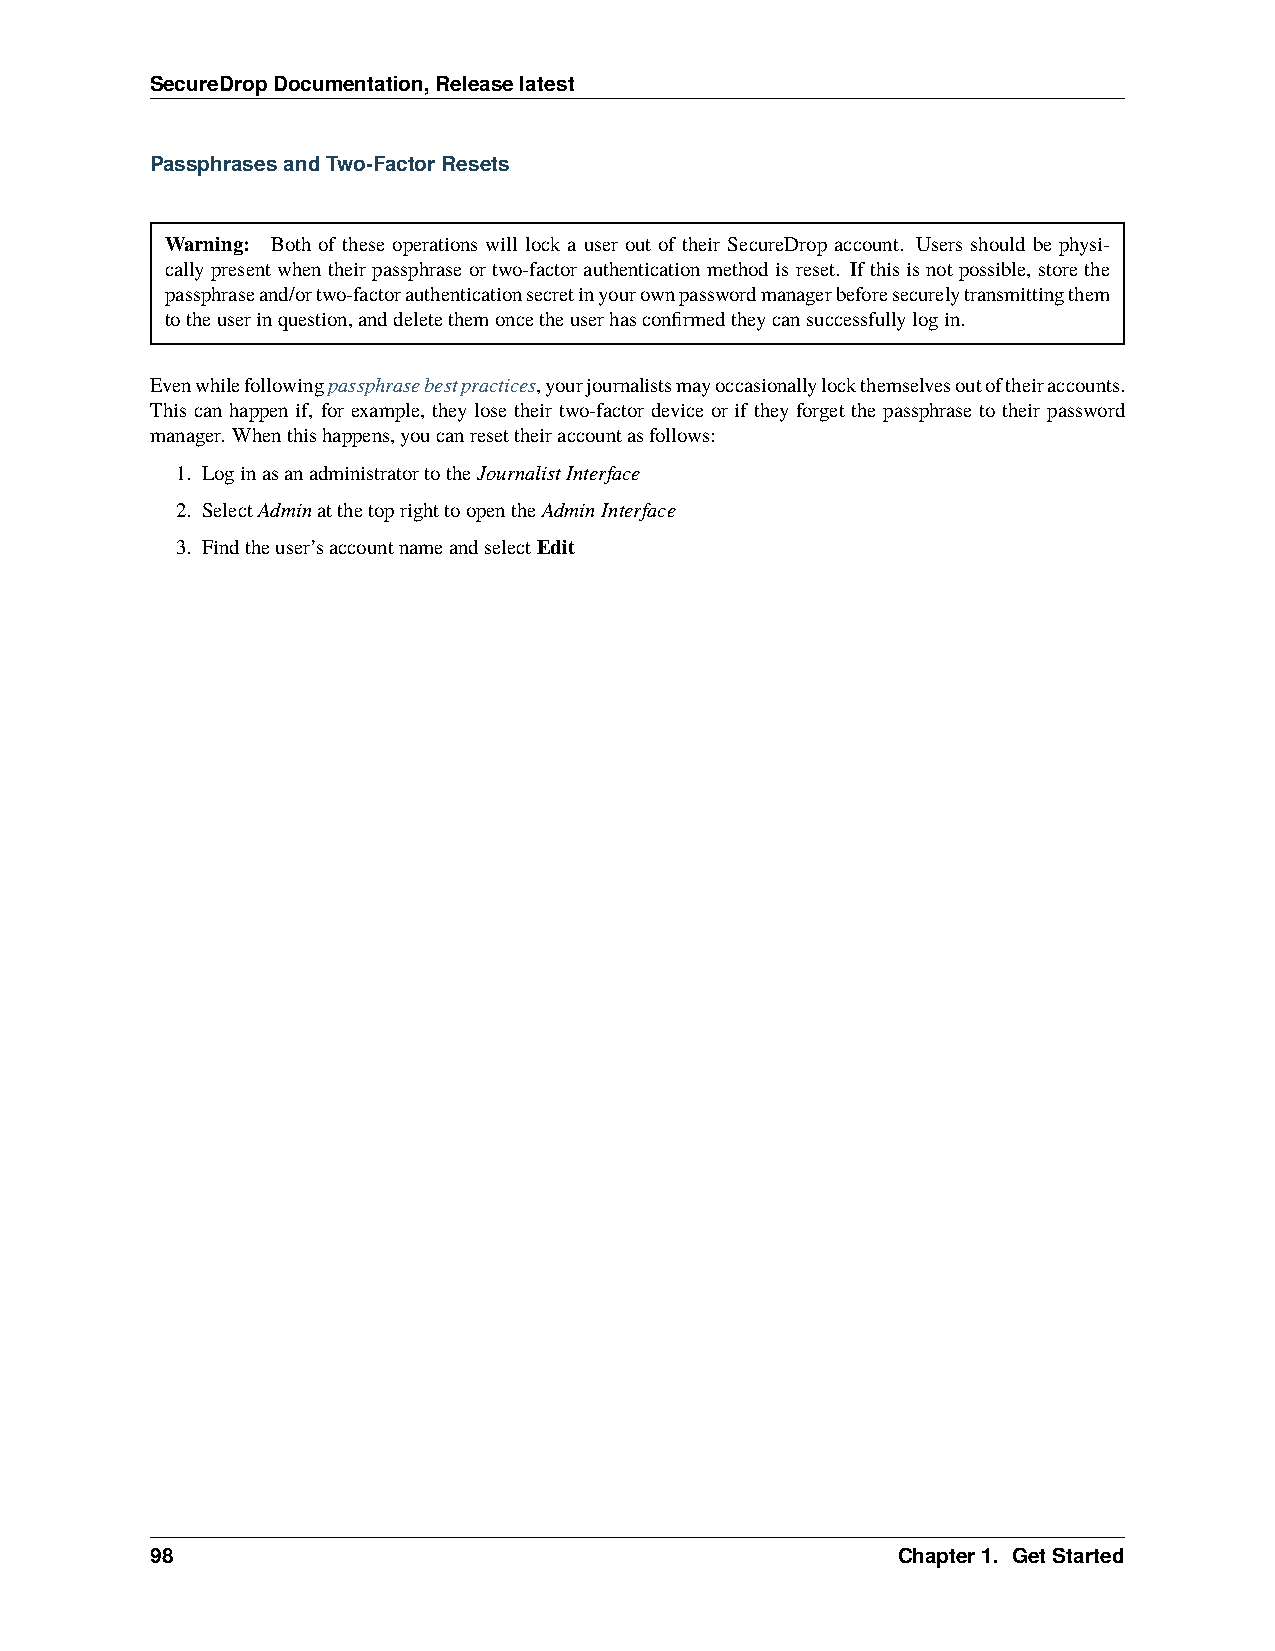
SecureDropDocumentation,Releaselatest
 PassphrasesandTwo-FactorResets
 Warning: Both of these operations will lock a user out of their SecureDrop account. Users should be physi-
 callypresentwhentheirpassphraseortwo-factorauthenticationmethodisreset. Ifthisisnotpossible, storethe
 passphraseand/ortwo-factorauthenticationsecretinyourownpasswordmanagerbeforesecurelytransmittingthem
 totheuserinquestion,anddeletethemoncetheuserhasconfirmedtheycansuccessfullylogin.
 Evenwhilefollowingpassphrasebestpractices,yourjournalistsmayoccasionallylockthemselvesoutoftheiraccounts.
 This can happen if, for example, they lose their two-factor device or if they forget the passphrase to their password
 manager. Whenthishappens,youcanresettheiraccountasfollows:
 1. LoginasanadministratortotheJournalistInterface
 2. SelectAdminatthetoprighttoopentheAdminInterface
 3. Findtheuser’saccountnameandselectEdit
 98                                               Chapter1. GetStarted